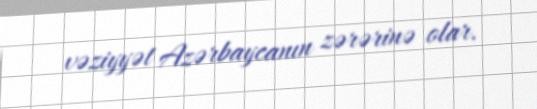
vəziyyət Azərbaycanın zərərinə olar.